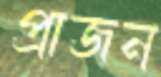
প্রাজন